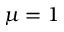
\mu = 1